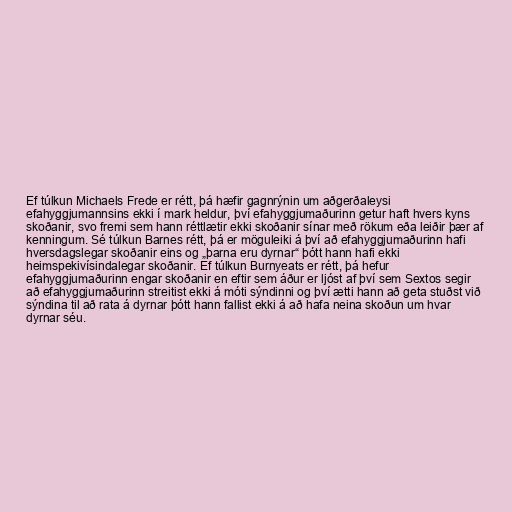
Ef túlkun Michaels Frede er rétt, þá hæfir gagnrýnin um aðgerðaleysi
efahyggjumannsins ekki í mark heldur, því efahyggjumaðurinn getur haft hvers kyns
skoðanir, svo fremi sem hann réttlætir ekki skoðanir sínar með rökum eða leiðir þær af
kenningum. Sé túlkun Barnes rétt, þá er möguleiki á því að efahyggjumaðurinn hafi
hversdagslegar skoðanir eins og „þarna eru dyrnar“ þótt hann hafi ekki
heimspekivísindalegar skoðanir. Ef túlkun Burnyeats er rétt, þá hefur
efahyggjumaðurinn engar skoðanir en eftir sem áður er ljóst af því sem Sextos segir
að efahyggjumaðurinn streitist ekki á móti sýndinni og því ætti hann að geta stuðst við
sýndina til að rata á dyrnar þótt hann fallist ekki á að hafa neina skoðun um hvar
dyrnar séu.